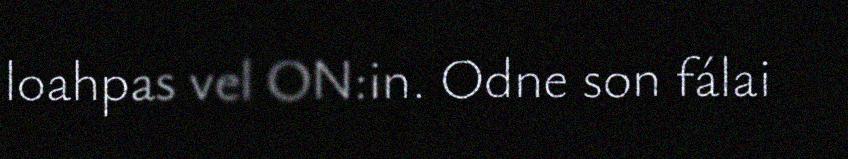
loahpas vel ON:in. Odne son fálai